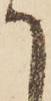
て